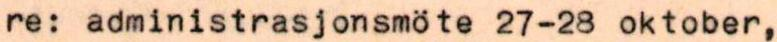
re: administrasjonsmöte 27-28 oktober,